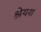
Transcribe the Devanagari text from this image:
श्रेयश